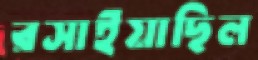
রসাইয়াছিল